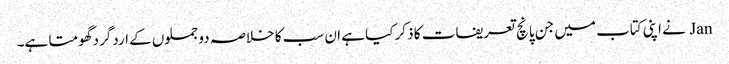
Jan نے اپنی کتاب میں جن پانچ تعریفات کا ذکر کیا ہے ان سب کا خلاصہ دو جملوں کے اردگرد گھومتا ہے۔